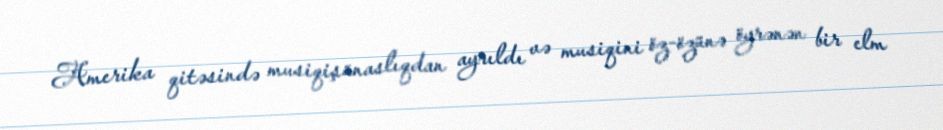
Amerika qitəsində musiqişünaslıqdan ayrıldı və musiqini öz-özünə öyrənən bir elm